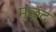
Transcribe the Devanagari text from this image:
मुळूंद